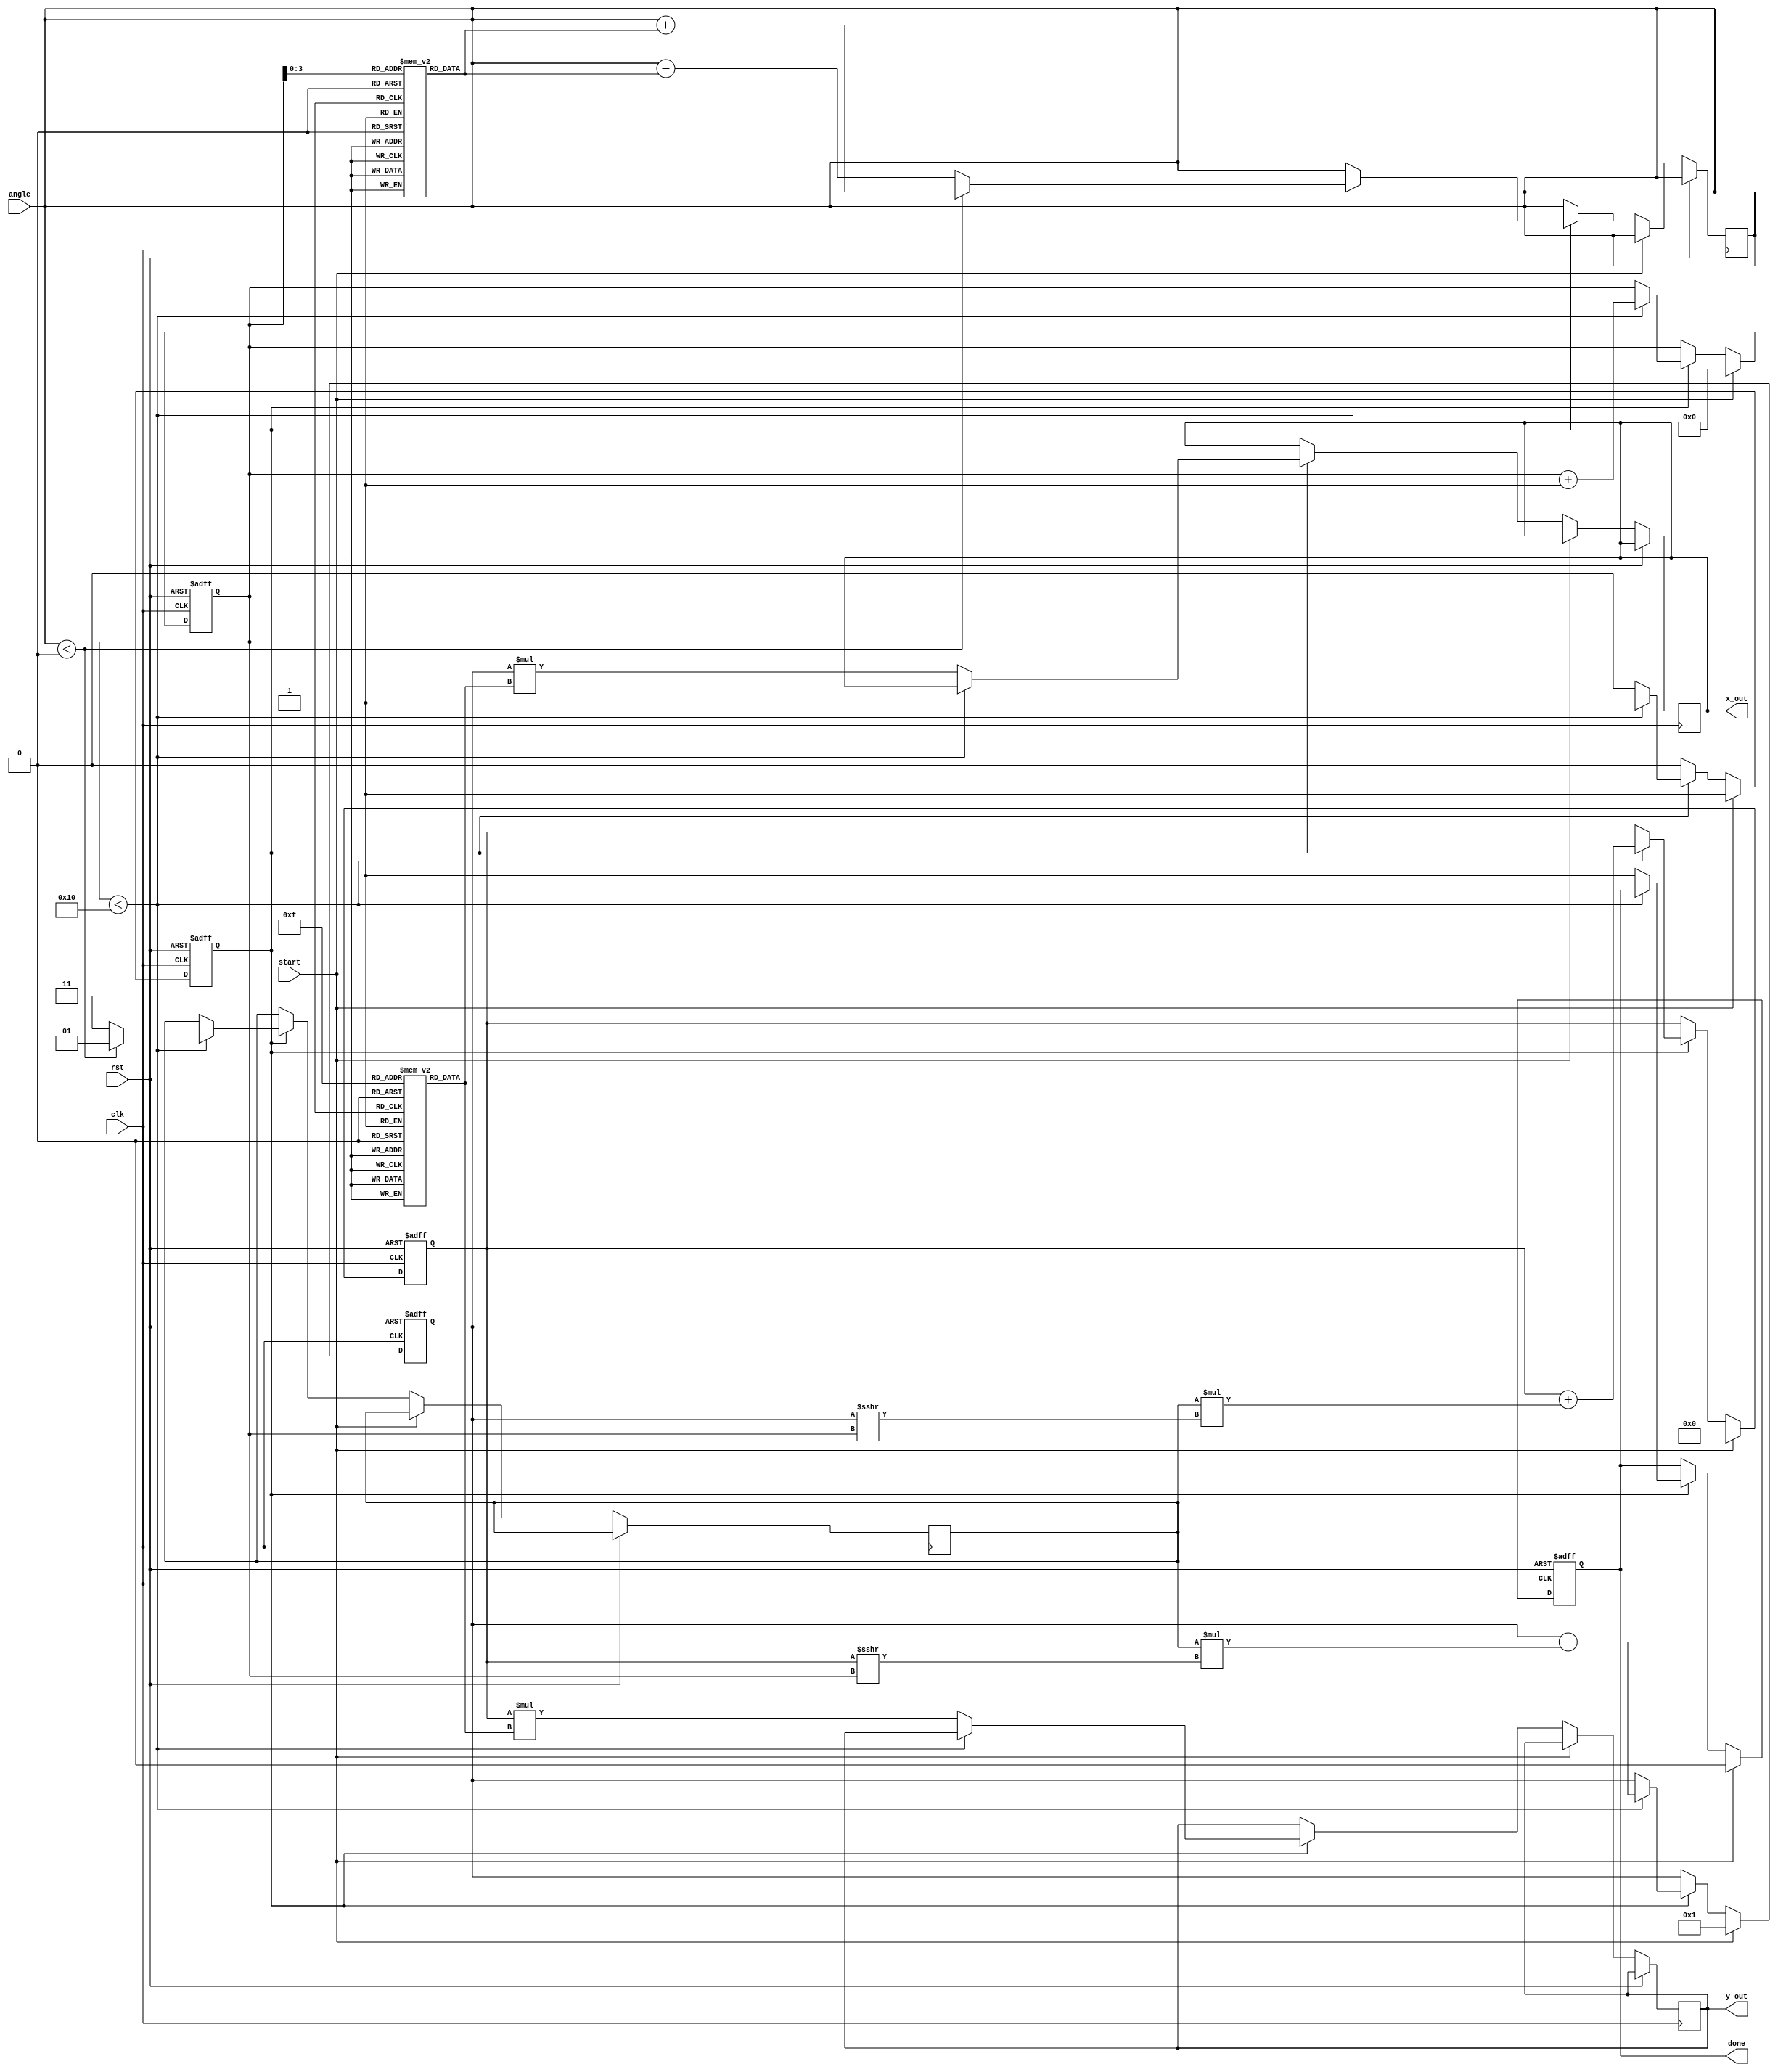
module CORDIC #(
    parameter N = 16,               // Number of iterations
    parameter WIDTH = 16,           // Data width
    parameter LUT_WIDTH = 8         // Lookup table width
)(
    input wire clk,
    input wire rst,
    input wire [WIDTH-1:0] angle,   // Input angle (fixed-point representation)
    input wire start,                // Start signal for the computation
    output reg [WIDTH-1:0] x_out,    // Output x coordinate
    output reg [WIDTH-1:0] y_out,    // Output y coordinate
    output reg done                  // Done signal
);

    // Lookup tables for angles and scale factors
    reg [WIDTH-1:0] angle_lut [0:N-1];  // Angle lookup table
    reg [WIDTH-1:0] scale_lut [0:N-1];  // Scale factor lookup table

    // Internal signals
    reg [WIDTH-1:0] x;                   // Current x value
    reg [WIDTH-1:0] y;                   // Current y value
    reg [4:0] iteration;                  // Iteration counter
    reg [1:0] d;                         // Direction (1 for counterclockwise, -1 for clockwise)
    reg start_iteration;                  // State for starting iteration

    // Initialize lookup tables
    initial begin
        // Fill angle_lut with precomputed atan(2**(-i)) values
        angle_lut[0] = 16'h0000; // atan(1/2^0)
        angle_lut[1] = 16'hA3D7; // atan(1/2^1)
        angle_lut[2] = 16'h5A82; // atan(1/2^2)
        angle_lut[3] = 16'h2C5C; // atan(1/2^3)
        angle_lut[4] = 16'h162E; // atan(1/2^4)
        // ... Continue initializing for N iterations
        // Fill scale_lut with precomputed scale factors
        scale_lut[0] = 16'h26D4; // 1/sqrt(1+0)
        scale_lut[1] = 16'h1A83; // 1/sqrt(1+1/4)
        scale_lut[2] = 16'h0FAD; // 1/sqrt(1+1/16)
        scale_lut[3] = 16'h07C1; // 1/sqrt(1+1/64)
        scale_lut[4] = 16'h03E0; // 1/sqrt(1+1/256)
        // ... Continue initializing for N iterations
    end

    always @(posedge clk or posedge rst) begin
        if (rst) begin
            // Reset all states
            x <= 16'h0001; // Initial x = 1
            y <= 16'h0000; // Initial y = 0
            iteration <= 0;
            done <= 0;
            start_iteration <= 0;
        end else if (start) begin
            // Start the iterations
            start_iteration <= 1;
            done <= 0;
            x <= 16'h0001; // Initial x = 1
            y <= 16'h0000; // Initial y = 0
            iteration <= 0;
        end else if (start_iteration) begin
            if (iteration < N) begin
                // Determine the direction based on current angle and accumulated rotation
                if (angle < 0) begin
                    d <= 1; // Counterclockwise
                    angle <= angle + angle_lut[iteration]; // Update the angle
                end else begin
                    d <= -1; // Clockwise
                    angle <= angle - angle_lut[iteration]; // Update the angle
                end

                // Update x and y based on the rotation logic
                x <= x - (d * (y >>> iteration));
                y <= y + (d * (x >>> iteration));

                // Increment iteration counter
                iteration <= iteration + 1;

            end else begin
                // Apply scale factor and output results
                x_out <= x * scale_lut[N-1];
                y_out <= y * scale_lut[N-1];
                done <= 1; // Indicate completion
                start_iteration <= 0; // Reset state
            end
        end
    end
endmodule